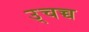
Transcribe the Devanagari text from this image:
उ्चच्च